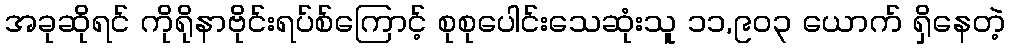
အခုဆိုရင် ကိုရိုနာဗိုင်းရပ်စ်ကြောင့် စုစုပေါင်းသေဆုံးသူ ၁၁,၉၀၃ ယောက် ရှိနေတဲ့